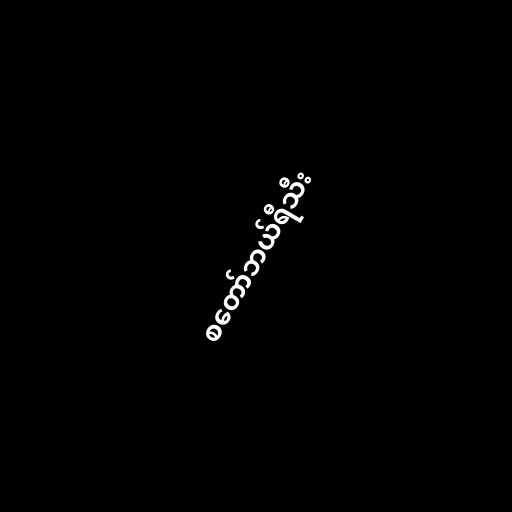
စတော်ဘယ်ရီသီး